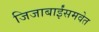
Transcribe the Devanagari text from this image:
जिजाबाईंसमवेत